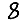
Digit: 8